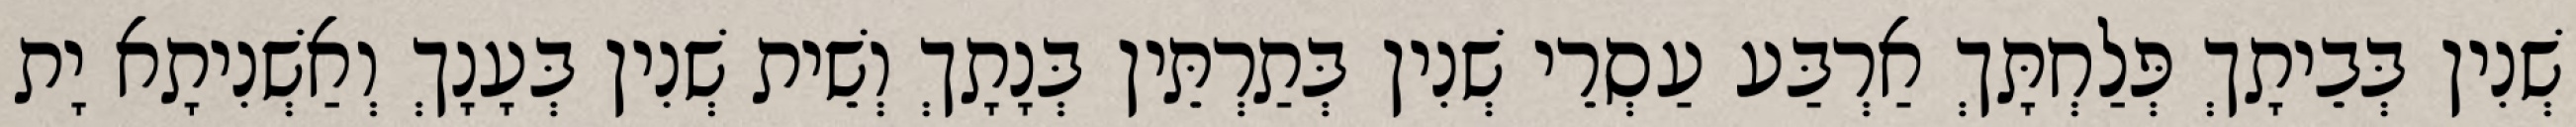
שְׁנִין בְּבֵיתָךְ פְּלַחְתָּךְ אַרְבַּע עַסְרֵי שְׁנִין בְּתַרְתֵּין בְּנָתָךְ וְשֵׁית שְׁנִין בְּעָנָךְ וְאַשְׁנִיתָא יָת